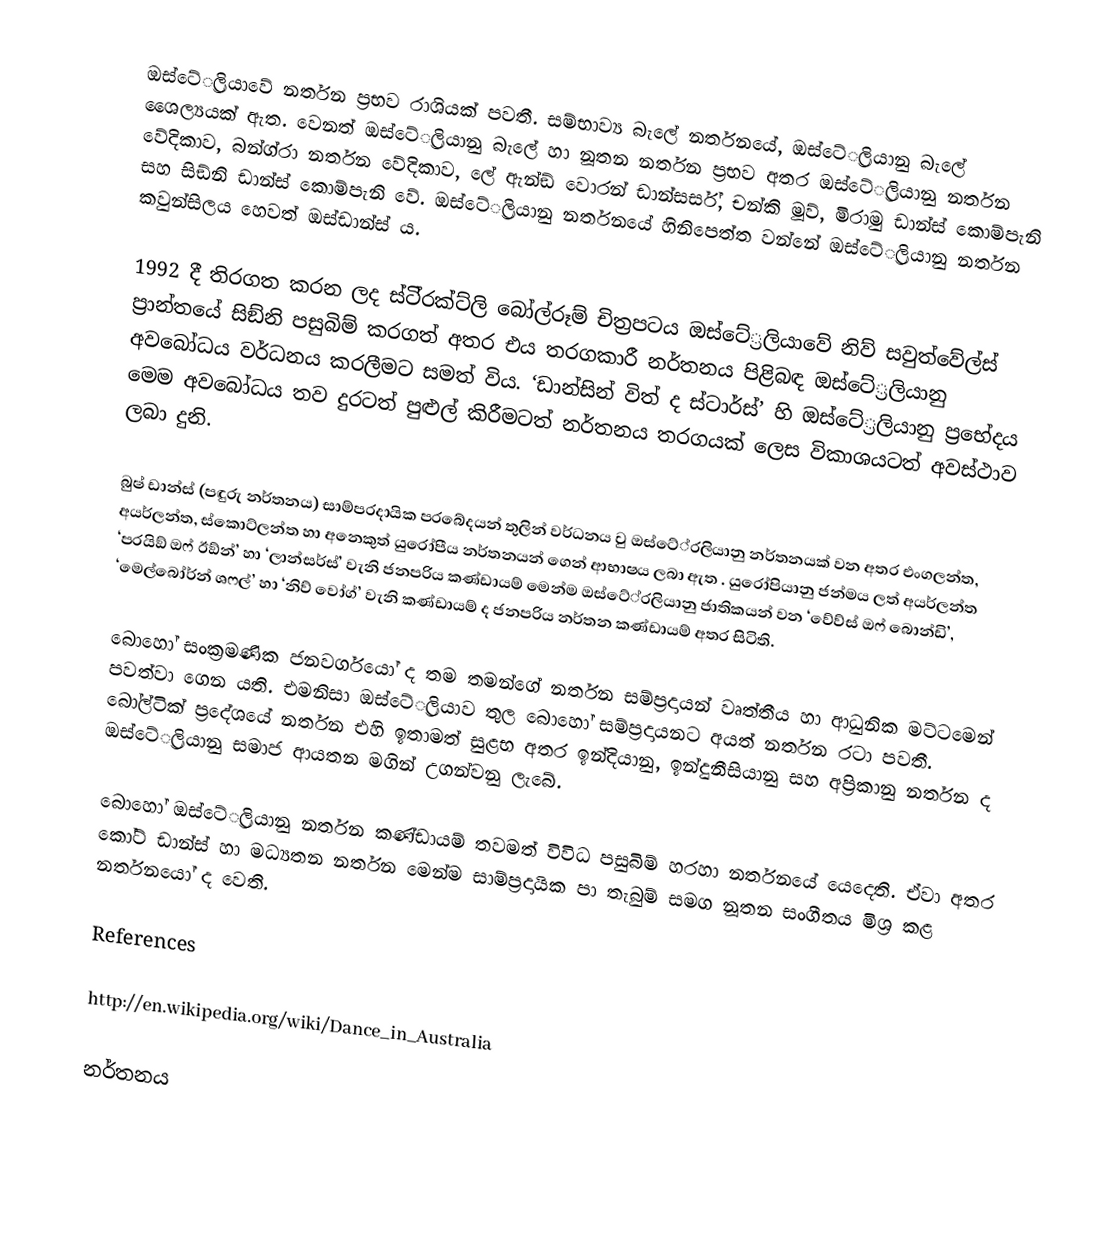
ඔස්ටේ‍්‍රලියාවේ නර්තන ප‍්‍රභව රාශියක් පවතී. සම්භාව්‍ය බැලේ නර්තනයේ, ඔස්ටේ‍්‍රලියානු බැලේ ශෛල්‍යයක් ඇත. වෙනත් ඔස්ටේ‍්‍රලියානු බැලේ හා නූතන නර්තන ප‍්‍රභව අතර ඔස්ටේ‍්‍රලියානු නර්තන වේදිකාව, බන්ග්රා නර්තන වේදිකාව, ලේ ඇන්ඞ් වොරන් ඩාන්සර්ස්, චන්කි මූව්, මිරාමු ඩාන්ස් කොම්පැනි සහ සිඞ්නි ඩාන්ස් කොම්පැනි වේ. ඔස්ටේ‍්‍රලියානු නර්තනයේ හිනිපෙත්ත වන්නේ ඔස්ටේ‍්‍රලියානු නර්තන කවුන්සිලය හෙවත් ඔස්ඩාන්ස් ය.

1992 දී තිරගත කරන ලද ස්ටි‍්‍රක්ට්ලි බෝල්රූම් චිත‍්‍රපටය ඔස්ටේ‍්‍රලියාවේ නිව් සවුත්වේල්ස් ප‍්‍රාන්තයේ සිඞ්නි පසුබිම් කරගත් අතර එය තරගකාරී නර්තනය පිළිබඳ ඔස්ටේ‍්‍රලියානු අවබෝධය වර්ධනය කරලීමට සමත් විය. ‘ඩාන්සින් විත් ද ස්ටාර්ස්’ හි ඔස්ටේ‍්‍රලියානු ප‍්‍රභේදය මෙම අවබෝධය තව දුරටත් පුළුල් කිරීමටත් නර්තනය තරගයක් ලෙස විකාශයටත් අවස්ථාව ලබා දුනි.

බුෂ් ඩාන්ස් (පඳුරු නර්තනය) සාම්ප‍්‍රදායික ප‍්‍රබේදයන් තුලින් වර්ධනය වු ඔස්ටේ‍්‍රලියානු නර්තනයක් වන අතර එංගලන්ත, අයර්ලන්ත, ස්කොට්ලන්ත හා අනෙකුත් යුරෝපීය නර්තනයන් ගෙන් ආභාෂය ලබා ඇත . යුරෝපියානු ජන්මය ලත් අයර්ලන්ත ‘ප‍්‍රයිඞ් ඔෆ් ඊඞ්න්’ හා ‘ලාන්සර්ස්’ වැනි ජනප‍්‍රිය කණ්ඩායම් මෙන්ම ඔස්ටේ‍්‍රලියානු ජාතිකයන් වන ‘වේව්ස් ඔෆ් බොන්ඩි’, ‘මෙල්බෝර්න් ශෆල්’ හා ‘නිව් වෝග්’ වැනි කණ්ඩායම් ද ජනප‍්‍රිය නර්තන කණ්ඩායම් අතර සිටිති.

බොහෝ සංක‍්‍රමණික ජනවර්ගයෝ ද තම තමන්ගේ නර්තන සම්ප‍්‍රදායන් වෘත්තීය හා ආධුනික මට්ටමෙන් පවත්වා ගෙන යති. එමනිසා ඔස්ටේ‍්‍රලියාව තුල බොහෝ සම්ප‍්‍රදායනට අයත් නර්තන රටා පවතී. බෝල්ටික් ප‍්‍රදේශයේ නර්තන එහි ඉතාමත් සුළභ අතර ඉන්දියානු, ඉන්දුනීසියානු සහ අප‍්‍රිකානු නර්තන ද ඔස්ටේ‍්‍රලියානු සමාජ ආයතන මගින් උගන්වනු ලැබේ.

බොහෝ ඔස්ටේ‍්‍රලියානු නර්තන කණ්ඩායම් තවමත් විවිධ පසුබිම් හරහා නර්තනයේ යෙදෙති. ඒවා අතර කෝට් ඩාන්ස් හා මධ්‍යතන නර්තන මෙන්ම සාම්ප‍්‍රදායික පා තැබුම් සමග නූතන සංගීතය මිශ‍්‍ර කළ නර්තනයෝ ද වෙති.

References

http://en.wikipedia.org/wiki/Dance_in_Australia

නර්තනය